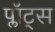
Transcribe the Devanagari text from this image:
प्लॉट्स